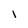
Character: I